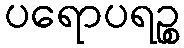
ပရောပရဉ္စ